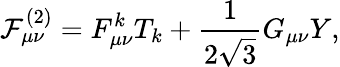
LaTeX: {\mathcal{F}}_{\mu\nu}^{(2)}=F_{\mu\nu}^{k}T_{k}+\frac{1}{2\sqrt{3}}G_{\mu\nu}Y,